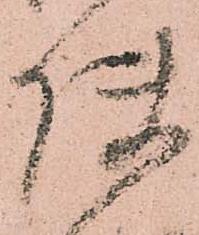
使